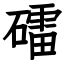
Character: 礌